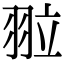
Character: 翋